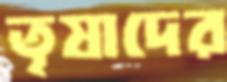
তৃষাদের